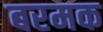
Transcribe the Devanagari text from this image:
बरमक